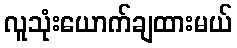
လူသုံးယောက်ချထားမယ်